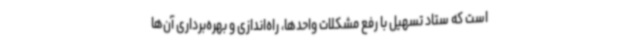
است که ستاد تسهیل با رفع مشکلات واحدها، راه‌اندازی و بهره‌برداری آن‌ها